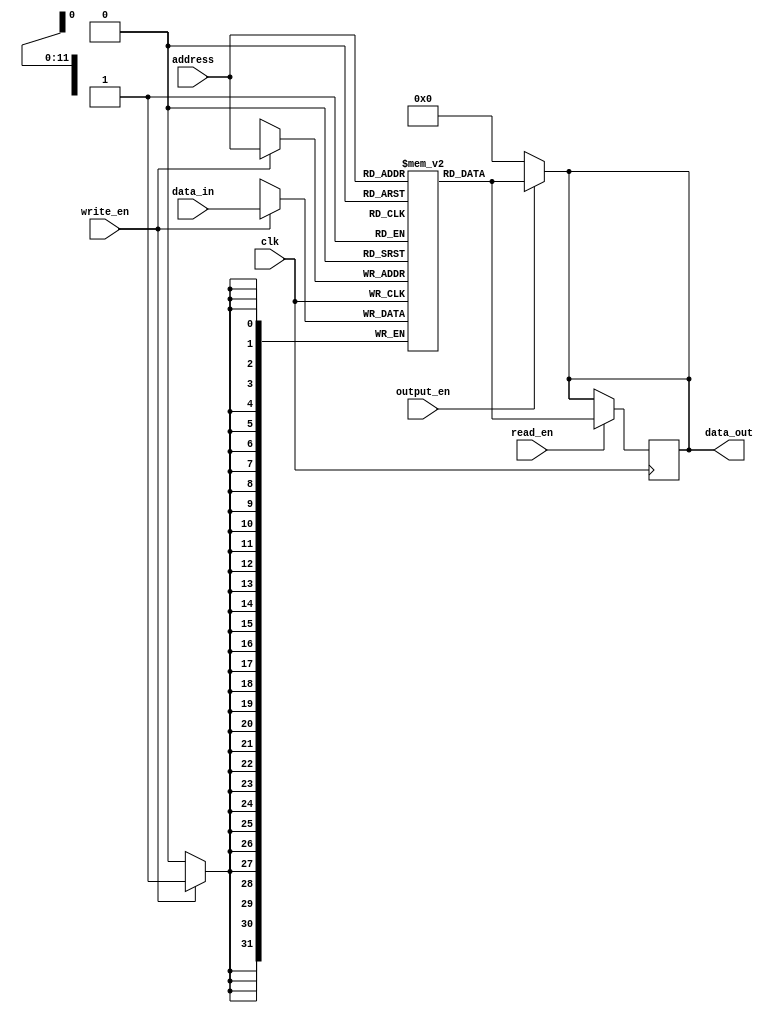
module QDR_SRAM (
    input wire clk,
    input wire [11:0] address,
    input wire [31:0] data_in,
    output reg [31:0] data_out,
    input wire read_en,
    input wire write_en,
    input wire output_en
);

reg [31:0] memory [0:4095];

always @(posedge clk) begin
    if (read_en) begin
        data_out <= memory[address];
    end

    if (write_en) begin
        memory[address] <= data_in;
    end
end

assign data_out = output_en ? memory[address] : 32'd0;

endmodule